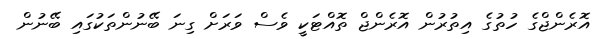
އޮރެންޖްގެ ހުތުގެ އިތުރުން އޮރެންޖް ތޮއްޓަކީ ވެސް ވަރަށް ގިނަ ބޭނުންތަކުގައި ބޭނުން